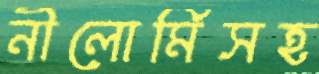
নীলোর্মিসহ